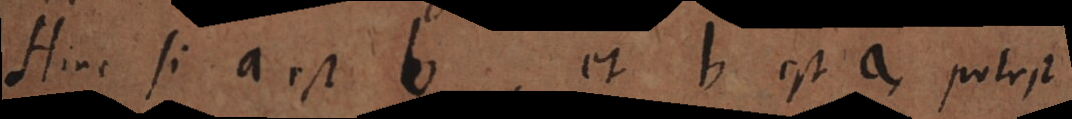
Hinc si a est b, et b est a, potest